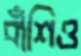
বাঁশিও